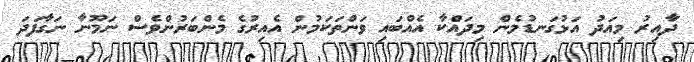
ދާއިރު މިއަދު އަޅުގަނޑުމެން މިދައްކާ އެއްބައި ވަންތަކަމުން އެއިރުގެ މެންބަރުންވެސް ނަމޫނާ ނަގާފަދަ